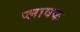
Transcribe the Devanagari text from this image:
प्लावक